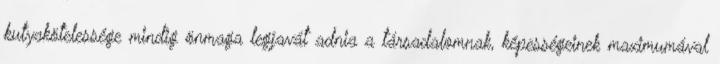
kutyakötelessége mindig önmaga legjavát adnia a társadalomnak, képességeinek maximumával